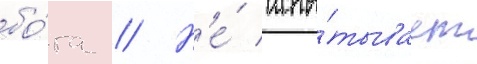
бо́га // Н'е́ испы́тывает